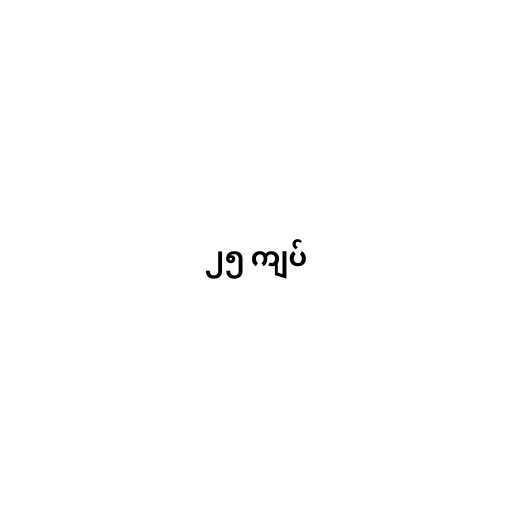
၂၅ ကျပ်